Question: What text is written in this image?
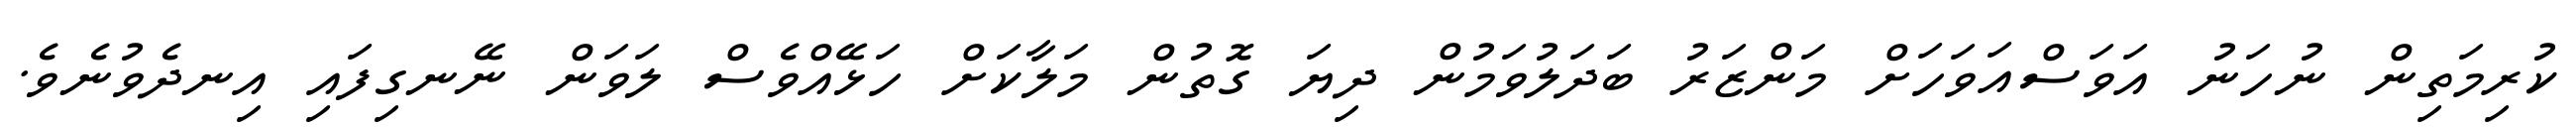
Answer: ކުރިމަތިން ނުހަނު އަވަސްއަވަހަށް މަންޒަރު ބަދަލުވަމުން ދިޔަ ގޮތުން މަލާކަށް ހަޅޭއްވެސް ލަވަން ނޭނގިފައި އިނދެވުނެވެ.